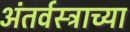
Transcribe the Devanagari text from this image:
अंतर्वस्त्राच्या